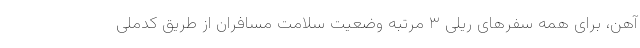
آهن، برای همه سفر‌های ریلی ۳ مرتبه وضعیت سلامت مسافران از طریق کدملی